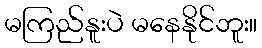
မကြည်နူးပဲ မနေနိုင်ဘူး။